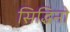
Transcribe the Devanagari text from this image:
सिद्धिनो